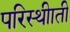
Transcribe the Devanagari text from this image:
परिस्थीाती